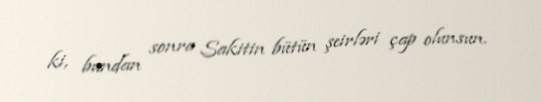
ki, bundan sonra Sakitin bütün şeirləri çap olunsun.